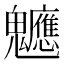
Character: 𮫪